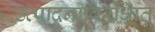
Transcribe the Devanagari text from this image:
उत्पादनाविरोधात